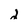
Character: 2